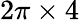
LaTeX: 2\pi\times 4